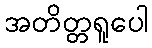
အတိတ္တရူပေါ